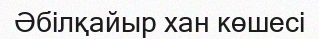
Әбілқайыр хан көшесі